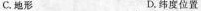
C.地形 D.纬度位置